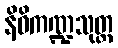
နိဓိကဏ္ဍသုတ္တ